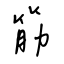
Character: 筋